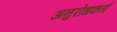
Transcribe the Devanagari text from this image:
अनुरोधकर्ता